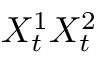
X _ { t } ^ { 1 } X _ { t } ^ { 2 }